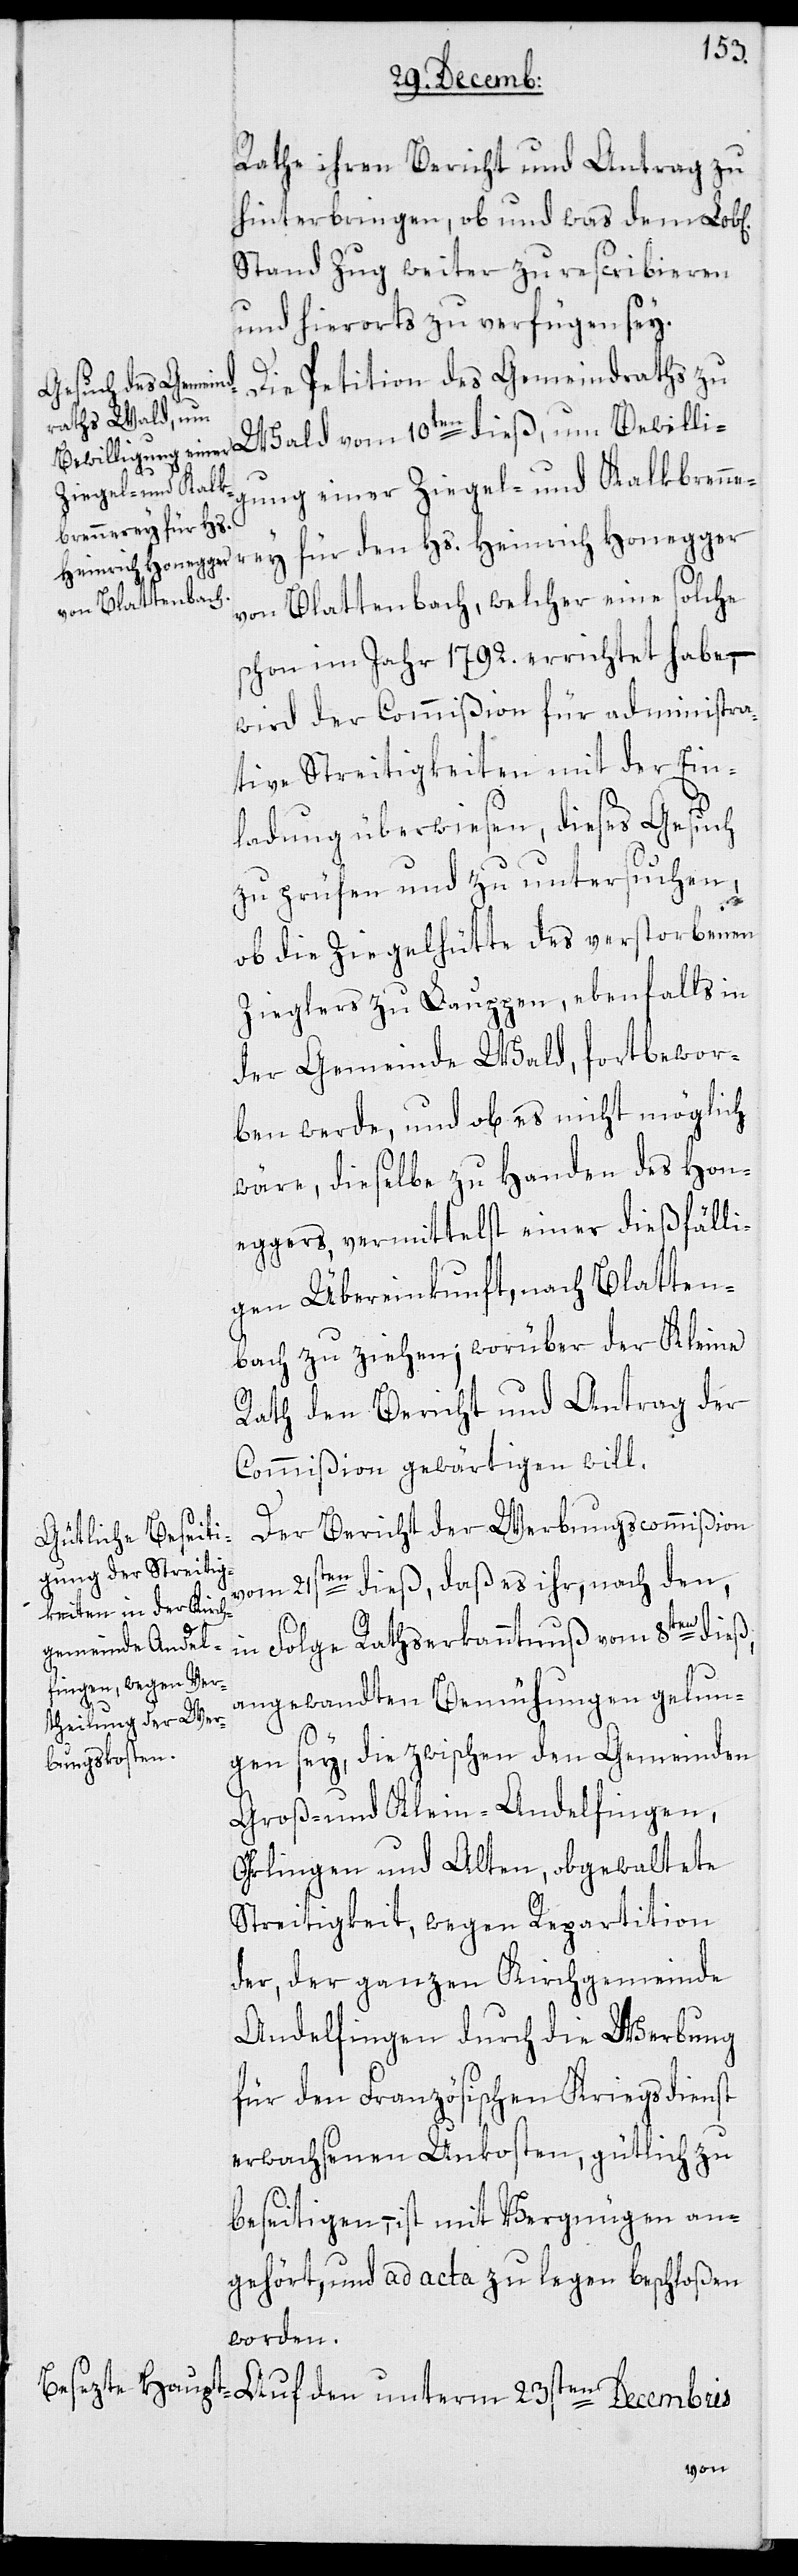
Rathe ihren Bericht und Antrag zu
hinterbringen, ob und was dem Lob[l¬
Stand Zug weiter zu rescribieren
und hierorts zu verfügen sey.
Die Petition des Gemeindraths zu
Wald vom 10ten dieß, um Bewillig¬
ung
Ziegel- und Kalk¬
brennerey für den
von Blattenbach, welcher eine solche
schon im Jahr 1792. errichtet habe, –
wird der Commißion für administra¬
tive Streitigkeiten mit der Ein¬
ladung überwiesen, dieses Gesuch
zu prüfen und zu untersuchen,
en]
ob die Ziegelhütte des verstorbenen
Zieglers zu Lauppen, ebenfalls in
der Gemeinde Wald, fortbewor¬
ben werde, und ob es nicht möglich
wäre, dieselbe zu Handen des Hon¬
eggers, vermittelst einer dießfälli¬
gen Übereinkunft, nach Blatten¬
bach zu ziehen; worüber der Kleine
Rath den Bericht und Antrag der
Commißion gewärtigen will.
Der Bericht der Werbungscommißion
vom 21sten dieß, daß es ihr, nach den
in Folge Rathserkanntnus vom 8ten dieß,
angewandten Bemühungen gelun¬
Hs.
gen sey, die zwischen den Gemeinden
Groß- und Klein-Andelfingen,
Öhrlingen und Alten, obgewaltete
Streitigkeit, wegen Repartition
der, der ganzen Kirchgemeinde
Andelfingen durch die Werbung
für den Französischen Kriegsdienst
erwachsenen Unkosten, gütlich zu
beseitigen, – ist mit Vergnügen an¬
gehört und ad acta zu legen beschloßen
worden.
den